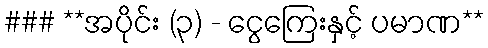
### **အပိုင်း (၃) - ငွေကြေးနှင့် ပမာဏ**